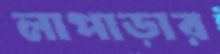
লাপাড়ার